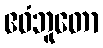
ဧဝံဘူတော